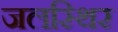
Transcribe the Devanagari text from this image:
जलस्थिर